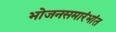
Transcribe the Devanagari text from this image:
भोजनसमारंभांत